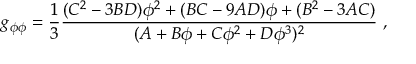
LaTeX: g _ { \phi \phi } = { \frac { 1 } { 3 } } { \frac { ( C ^ { 2 } - 3 B D ) \phi ^ { 2 } + ( B C - 9 A D ) \phi + ( B ^ { 2 } - 3 A C ) } { ( A + B \phi + C \phi ^ { 2 } + D \phi ^ { 3 } ) ^ { 2 } } } \ ,